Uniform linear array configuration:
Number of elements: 64
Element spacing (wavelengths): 1
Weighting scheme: cosine
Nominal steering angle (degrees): -45
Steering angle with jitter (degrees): -46.629
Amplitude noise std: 0.05
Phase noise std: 0.05

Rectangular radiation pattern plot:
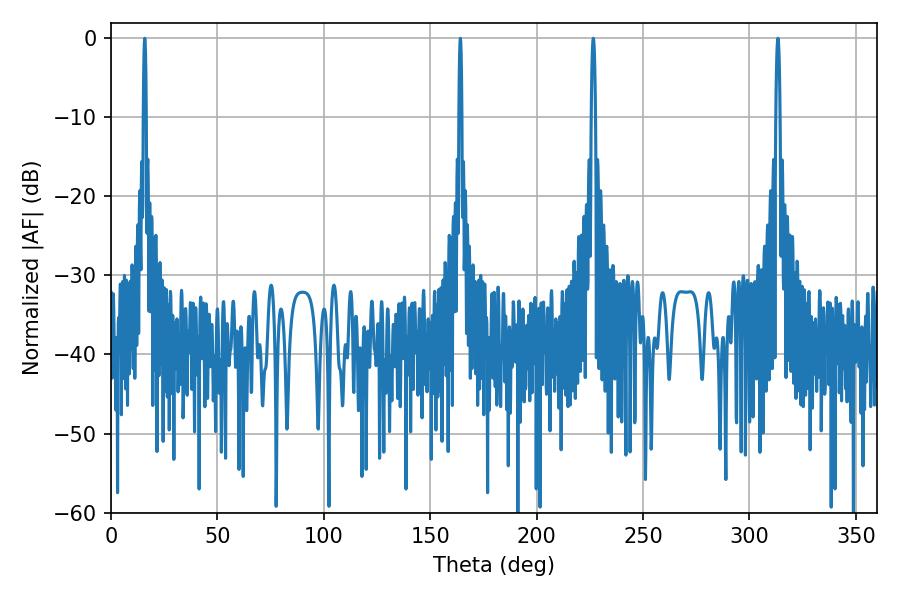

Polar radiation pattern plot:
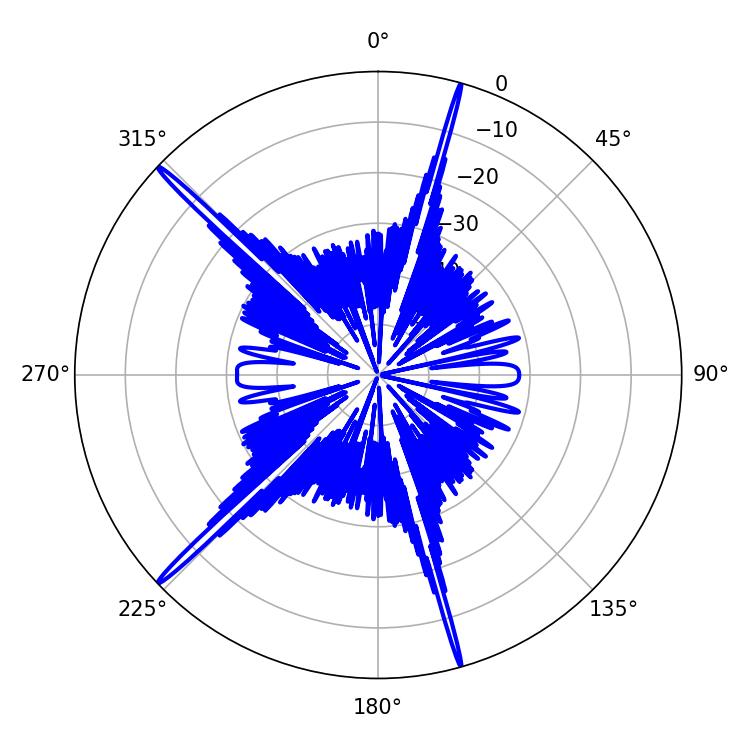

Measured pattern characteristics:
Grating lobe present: TRUE
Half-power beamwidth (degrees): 1.08
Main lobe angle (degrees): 226.62